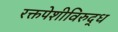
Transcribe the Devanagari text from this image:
रक्तपेशीविरुद्ध